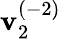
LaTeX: \mathbf{v}_{2}^{(-2)}